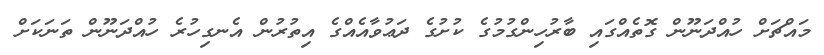
މައްޗަށް ހުއްދަނޫން ގޮތެއްގައި ބާރުހިންގުމުގެ ކުށުގެ ދަޢުވާއެއްގެ އިތުރުން އެނގިހުރެ ހުއްދަނޫން ތަނަކަށް